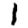
Digit: 1